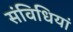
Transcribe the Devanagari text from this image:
संविधियां